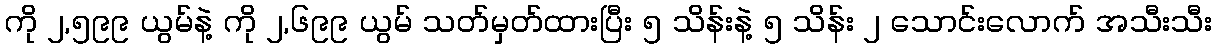
ကို ၂,၅၉၉ ယွမ်နဲ့ ကို ၂,၆၉၉ ယွမ် သတ်မှတ်ထားပြီး ၅ သိန်းနဲ့ ၅ သိန်း ၂ သောင်းလောက် အသီးသီး